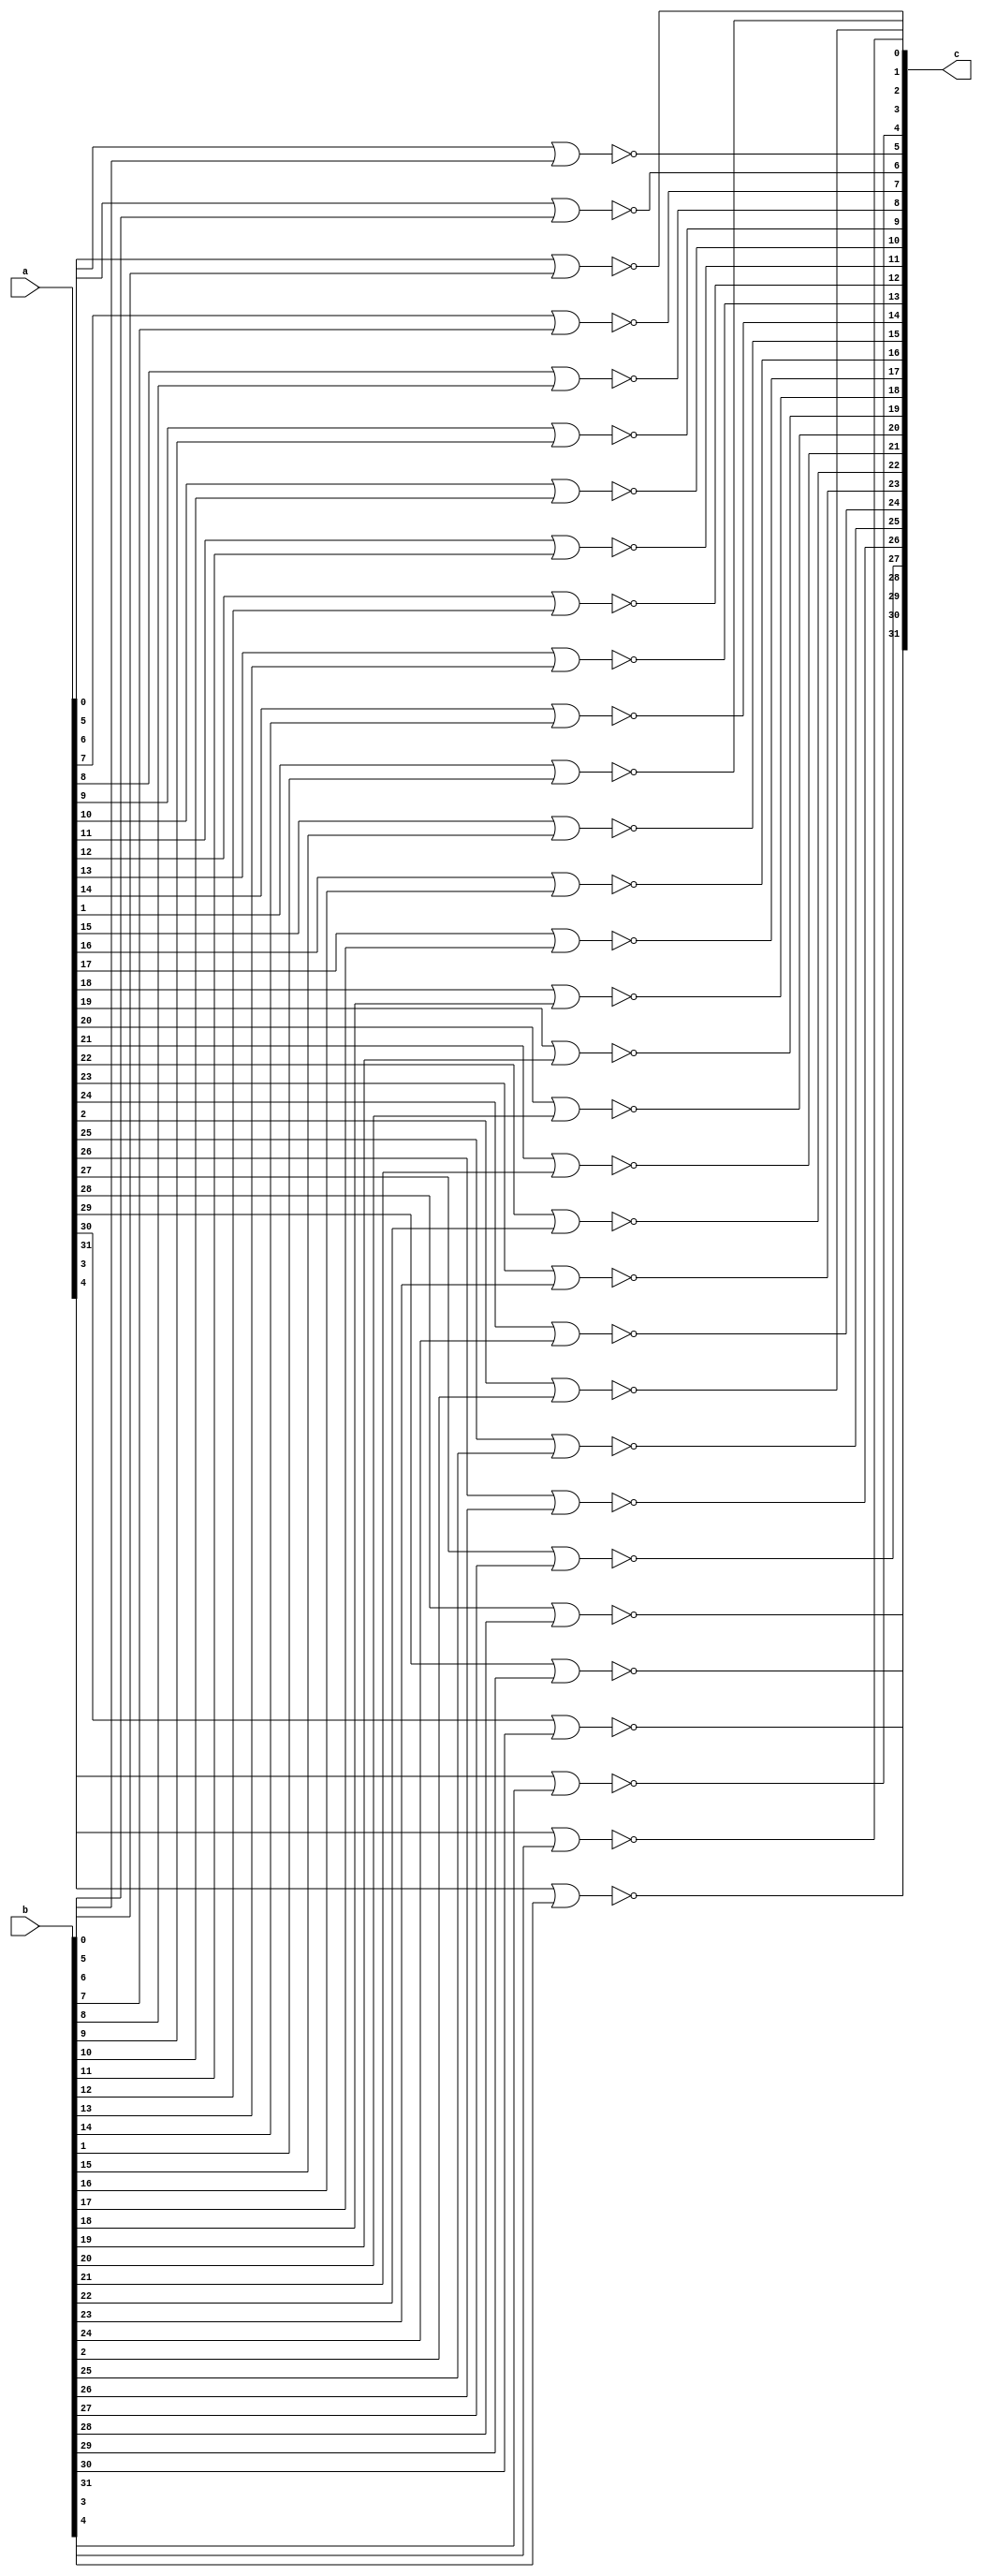
module nor32(
	output [31:0] c,
	input [31:0] a, b
);

genvar i;
generate
for (i = 0; i < 32; i = i + 1) begin : nor_gate
	nor nor1(c[i], a[i], b[i]);
end
endgenerate

endmodule